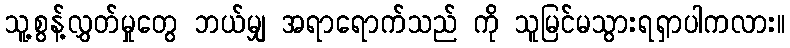
သူ့စွန့်လွှတ်မှုတွေ ဘယ်မျှ အရာရောက်သည် ကို သူမြင်မသွားရရှာပါကလား။